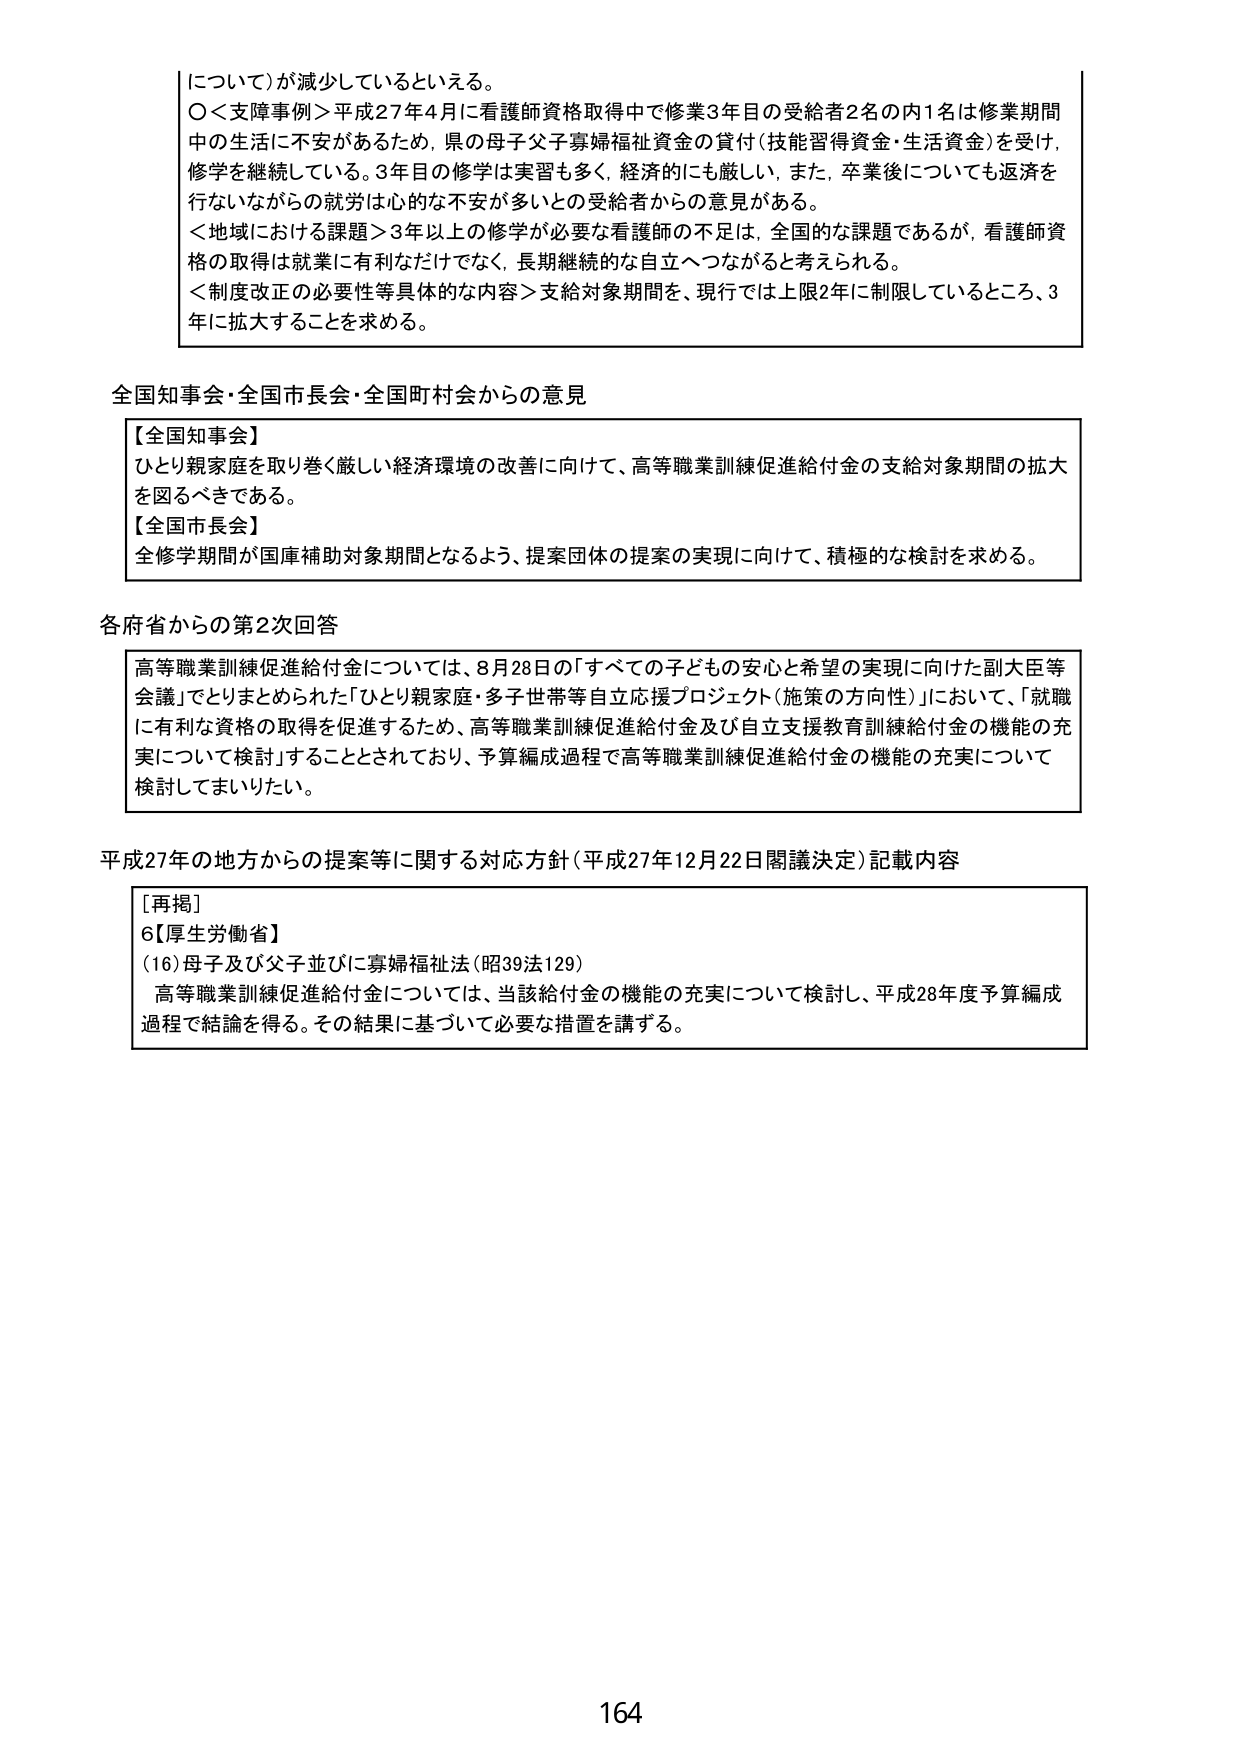
について）が減少しているといえる。
○＜支障事例＞平成27年4月に看護師資格取得中で修業3年目の受給者2名の内1名は修業期間中の生活に不安があるため、県の母子父子寡婦福祉資金の貸付（技能習得資金・生活資金）を受け、修学を継続している。3年目の修学は実習も多く、経済的にも厳しい。また、卒業後についても返済を行ないながらの就労は心的な不安が多いとの受給者からの意見がある。
＜地域における課題＞3年以上の修学が必要な看護師の不足は、全国的な課題であるが、看護師資格の取得は就業に有利なだけでなく、長期継続的な自立へつながると考えられる。
＜制度改正の必要性等具体的な内容＞支給対象期間を、現行では上限2年に制限しているところ、3年に拡大することを求める。

全国知事会・全国市長会・全国町村会からの意見
【全国知事会】
ひとり親家庭を取り巻く厳しい経済環境の改善に向けて、高等職業訓練促進給付金の支給対象期間の拡大を図るべきである。
【全国市長会】
全修学期間が国庫補助対象期間となるよう、提案団体の提案の実現に向けて、積極的な検討を求める。

各府省からの第2次回答
高等職業訓練促進給付金については、8月28日の「すべての子どもの安心と希望の実現に向けた副大臣等会議」でとりまとめられた「ひとり親家庭・多子世帯等自立応援プロジェクト（施策の方向性）」において、「就職に有利な資格の取得を促進するため、高等職業訓練促進給付金及び自立支援教育訓練給付金の機能の充実について検討」することとされており、予算編成過程で高等職業訓練促進給付金の機能の充実について検討してまいりたい。

平成27年の地方からの提案等に関する対応方針（平成27年12月22日閣議決定）記載内容
［再掲］
6【厚生労働省】
（16）母子及び父子並びに寡婦福祉法（昭39法129）
　高等職業訓練促進給付金については、当該給付金の機能の充実について検討し、平成28年度予算編成過程で結論を得る。その結果に基づいて必要な措置を講ずる。

164